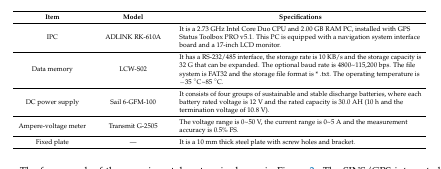
| Item | Model | Specifications |
 | --- | --- | --- |
 | IPC | ADLINK RK-610A | It is a 2.73 GHz Intel Core Duo CPU and 2.00 GB RAM PC, installed with GPS Status Toolbox PRO v5.1. This PC is equipped with a navigation system interface board and a 17-inch LCD monitor. |
 | Data memory | LCW-S02 | It has a RS-232/485 interface, the storage rate is 10 KB/s and the storage capacity is 32 G that can be expanded. The optional baud rate is 4800~115,200 bps. The file system is FAT32 and the storage file format is * .txt. The operating temperature is −35 °C~85 °C. |
 | DC power supply | Sail 6-GFM-100 | It consists of four groups of sustainable and stable discharge batteries, where each battery rated voltage is 12 V and the rated capacity is 30.0 AH (10 h and the termination voltage of 10.8 V). |
 | Ampere-voltage meter | Transmit G-2505 | The voltage range is 0~50 V, the current range is 0~5 A and the measurement accuracy is 0.5% FS. |
 | Fixed plate | — | It is a 10 mm thick steel plate with screw holes and bracket. |